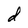
Character: d